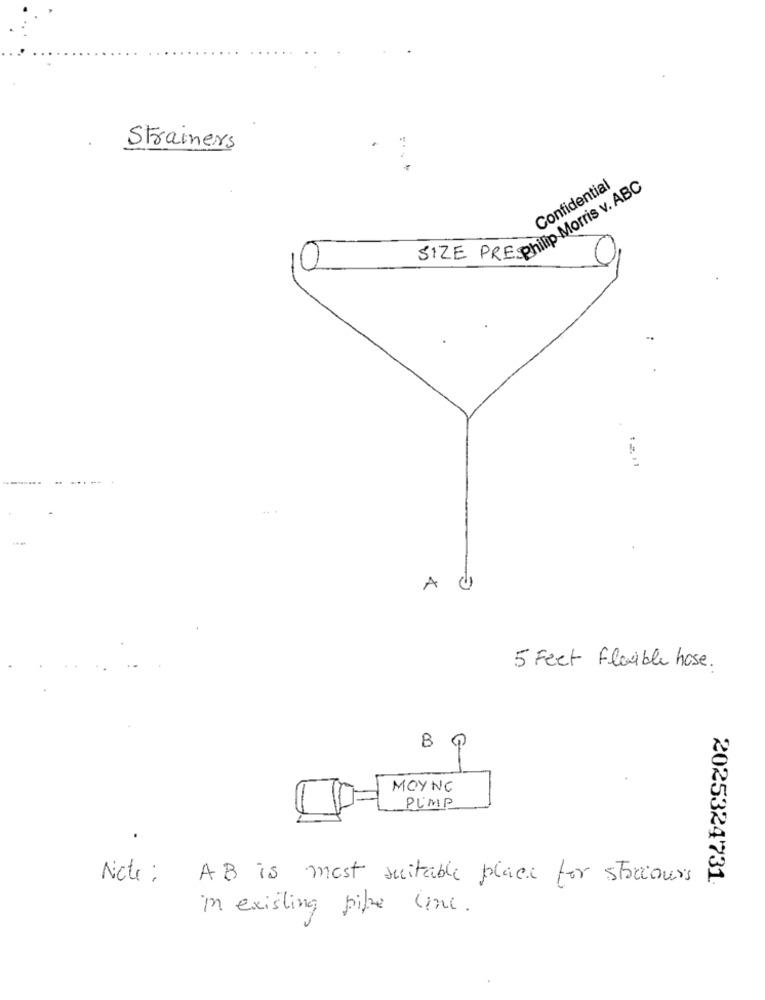
Strainers
Confidential
SIZE PREphilip Morris v. ABC
0
AU
5 Feet Flexible hose.
BP
MOYNC
PIMP
Note :
AB is most suitable place for storcours
2025324731
in existing pipe une.